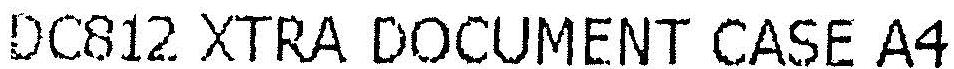
DC812 XTRA DOCUMENT CASE A4